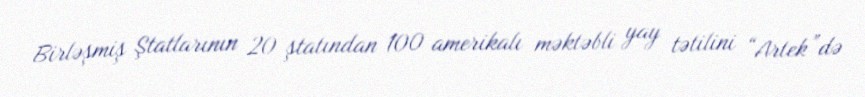
Birləşmiş Ştatlarının 20 ştatından 100 amerikalı məktəbli yay tətilini “Artek”də